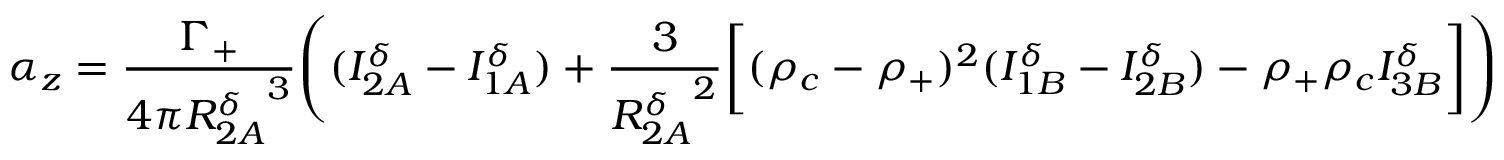
\alpha _ { z } = \frac { \Gamma _ { + } } { 4 \pi { R _ { 2 A } ^ { \delta } } ^ { 3 } } \Bigg ( ( I _ { 2 A } ^ { \delta } - I _ { 1 A } ^ { \delta } ) + \frac { 3 } { { R _ { 2 A } ^ { \delta } } ^ { 2 } } \bigg [ ( \rho _ { c } - \rho _ { + } ) ^ { 2 } ( I _ { 1 B } ^ { \delta } - I _ { 2 B } ^ { \delta } ) - \rho _ { + } \rho _ { c } I _ { 3 B } ^ { \delta } \bigg ] \Bigg )